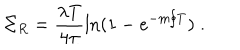
\Sigma _ { R } = \frac { \lambda T } { 4 \pi } \ln ( 1 - e ^ { - m / T } ) \; .